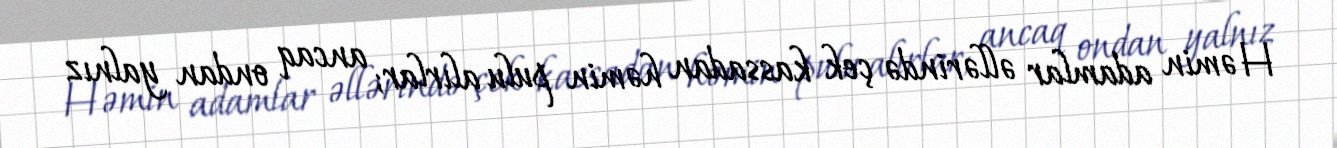
Həmin adamlar əllərində çek kassadan həmin pulu alırlar; ancaq ondan yalnız